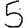
Digit: 5